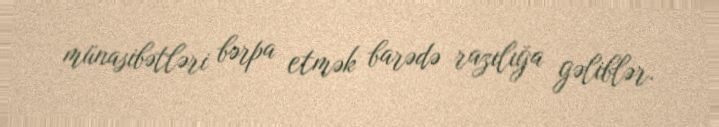
münasibətləri bərpa etmək barədə razılığa gəliblər.